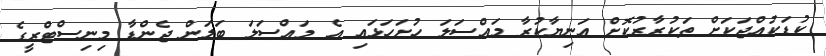
ކުޑަކުއްޖަކަށް ތަކުރާރުކޮށް އަނިޔާކުރާ މައްސަލަ ހުށަހަޅައި އެ މައްސަލަ ބަލަން ޖެންޑާ މިނިސްޓްރީގެ